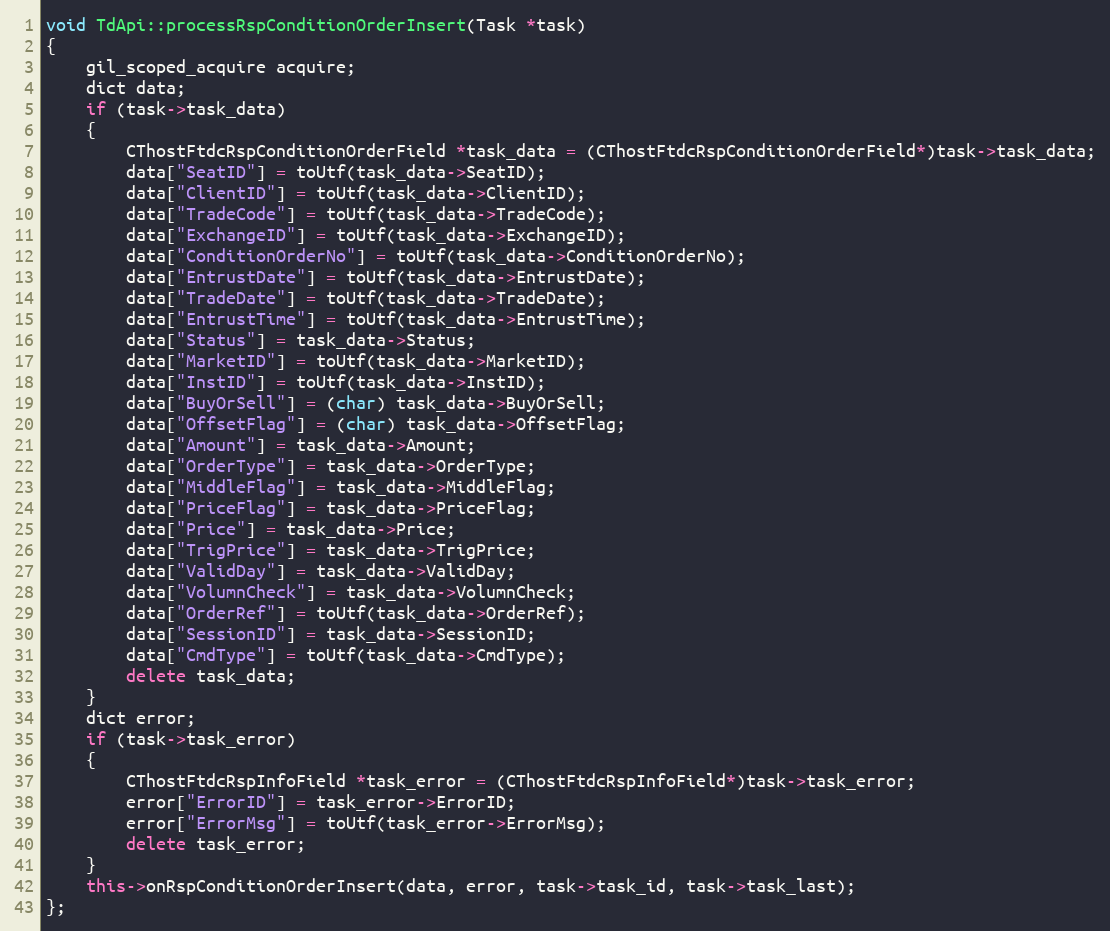
Language: C++
void TdApi::processRspConditionOrderInsert(Task *task)
{
	gil_scoped_acquire acquire;
	dict data;
	if (task->task_data)
	{
		CThostFtdcRspConditionOrderField *task_data = (CThostFtdcRspConditionOrderField*)task->task_data;
		data["SeatID"] = toUtf(task_data->SeatID);
		data["ClientID"] = toUtf(task_data->ClientID);
		data["TradeCode"] = toUtf(task_data->TradeCode);
		data["ExchangeID"] = toUtf(task_data->ExchangeID);
		data["ConditionOrderNo"] = toUtf(task_data->ConditionOrderNo);
		data["EntrustDate"] = toUtf(task_data->EntrustDate);
		data["TradeDate"] = toUtf(task_data->TradeDate);
		data["EntrustTime"] = toUtf(task_data->EntrustTime);
		data["Status"] = task_data->Status;
		data["MarketID"] = toUtf(task_data->MarketID);
		data["InstID"] = toUtf(task_data->InstID);
		data["BuyOrSell"] = (char) task_data->BuyOrSell;
		data["OffsetFlag"] = (char) task_data->OffsetFlag;
		data["Amount"] = task_data->Amount;
		data["OrderType"] = task_data->OrderType;
		data["MiddleFlag"] = task_data->MiddleFlag;
		data["PriceFlag"] = task_data->PriceFlag;
		data["Price"] = task_data->Price;
		data["TrigPrice"] = task_data->TrigPrice;
		data["ValidDay"] = task_data->ValidDay;
		data["VolumnCheck"] = task_data->VolumnCheck;
		data["OrderRef"] = toUtf(task_data->OrderRef);
		data["SessionID"] = task_data->SessionID;
		data["CmdType"] = toUtf(task_data->CmdType);
		delete task_data;
	}
	dict error;
	if (task->task_error)
	{
		CThostFtdcRspInfoField *task_error = (CThostFtdcRspInfoField*)task->task_error;
		error["ErrorID"] = task_error->ErrorID;
		error["ErrorMsg"] = toUtf(task_error->ErrorMsg);
		delete task_error;
	}
	this->onRspConditionOrderInsert(data, error, task->task_id, task->task_last);
};